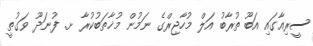
ސީރިއާގައި އަބޫ ތުރާބު އަލް މުހާޖިރްގެ ނަމުން މުޚާތަބުކުރާ ށ. ފުނަދޫ ވަގުތީ